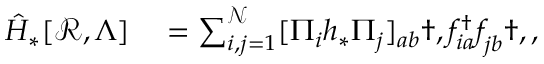
\begin{array} { r l } { \hat { H } _ { * } [ \mathcal { R } , \Lambda ] } & { { } = \sum _ { i , j = 1 } ^ { \mathcal { N } } [ \Pi _ { i } h _ { * } \Pi _ { j } ] _ { a b } \dag , f _ { i a } ^ { \dagger } f _ { j b } ^ { \phantom { \dagger } } \dag , , } \end{array}